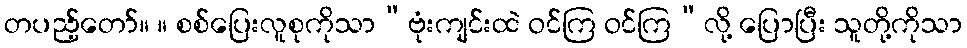
တပည့်တော်။ ။ စစ်ပြေးလူစုကိုသာ“ဗုံးကျင်းထဲ ဝင်ကြ ဝင်ကြ”လို့ ပြောပြီး သူတို့ကိုသာ